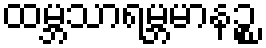
ထမ္ဘသာရမ္ဘမာနဉ္စ